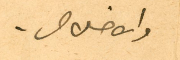
والاخلاص.